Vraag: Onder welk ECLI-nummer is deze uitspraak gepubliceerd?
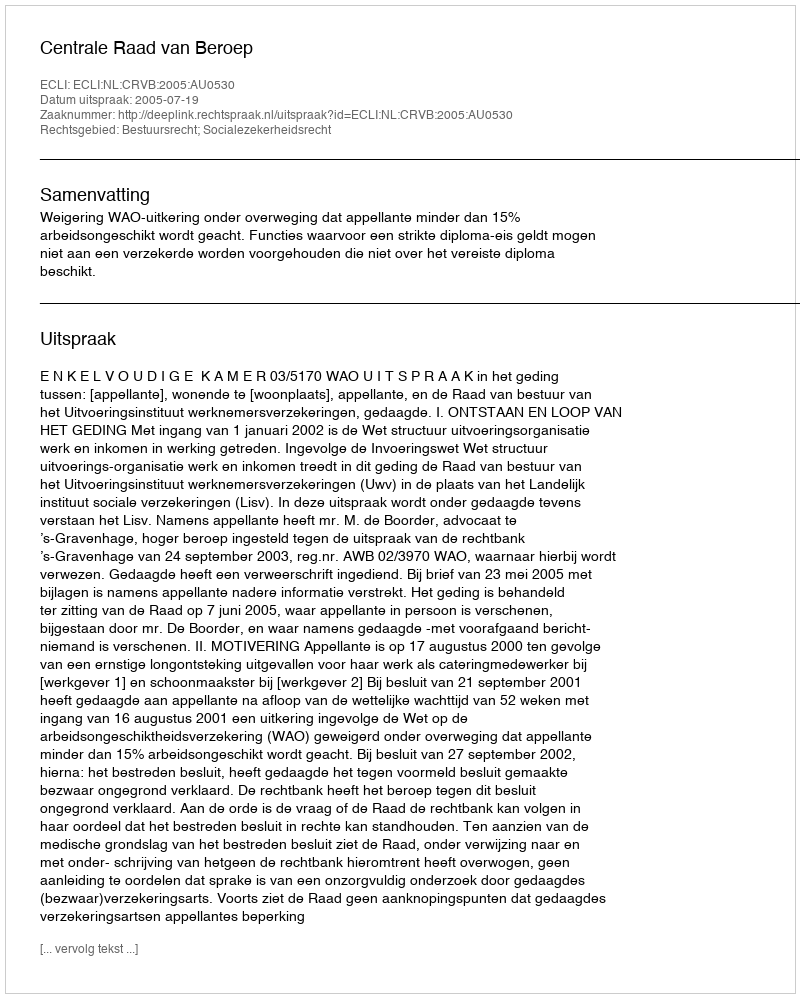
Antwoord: ECLI:NL:CRVB:2005:AU0530